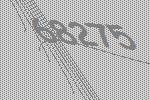
68275